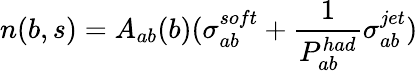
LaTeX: n(b,s)=A_{ab}(b)(\sigma_{ab}^{soft}+{\frac{1}{P_{ab}^{had}}}\sigma_{ab}^{jet})